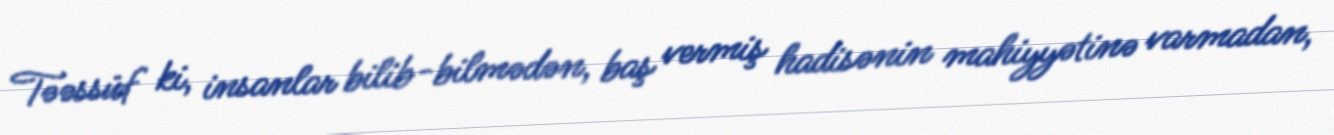
Təəssüf ki, insanlar bilib-bilmədən, baş vermiş hadisənin mahiyyətinə varmadan,